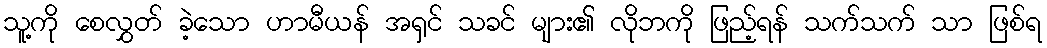
သူ့ကို စေလွှတ် ခဲ့သော ဟာမီယန် အရှင် သခင် များ၏ လိုဘကို ဖြည့်ရန် သက်သက် သာ ဖြစ်ရ